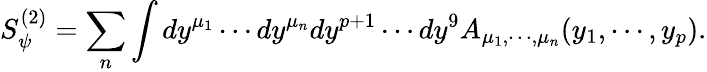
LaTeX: S_{\psi}^{(2)}=\sum_{n}\int dy^{\mu_{1}}\cdots dy^{\mu_{n}}dy^{p+1}\cdots dy^{9}A_{\mu_{1},\cdots,\mu_{n}}(y_{1},\cdots,y_{p}).